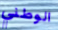
الوطني